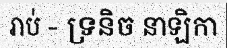
រាប់ - ទ្រនិច នាឡិកា